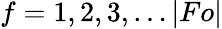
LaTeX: f=1,2,3,\dots|Fo|